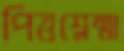
পিত্তশ্লেষ্মা